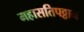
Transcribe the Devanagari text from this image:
महासतिपठ्ठान